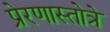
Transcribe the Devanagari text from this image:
प्रेरणास्तोत्रे